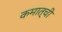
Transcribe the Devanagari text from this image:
कमात्ची